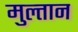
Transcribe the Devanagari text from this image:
मुल्‍तान